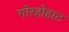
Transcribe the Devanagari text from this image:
गोरहोहाट